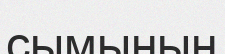
сымының